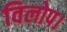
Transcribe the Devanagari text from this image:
विलोप।